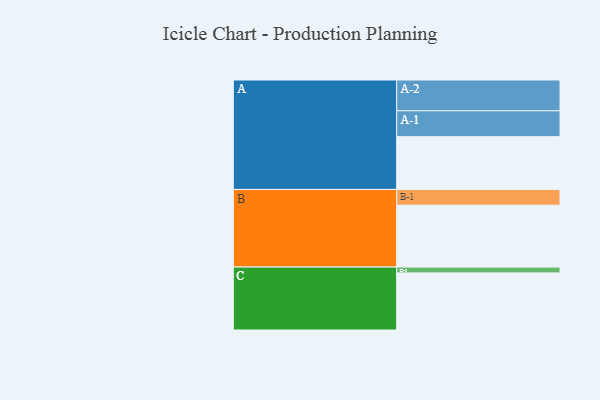
{"axis": {"x": "Segment", "y": "Value"}, "legend": ["", "A", "B", "C"], "data": [{"x": "A", "y": 483, "type": ""}, {"x": "B", "y": 567, "type": ""}, {"x": "C", "y": 523, "type": ""}, {"x": "A-1", "y": 237, "type": "A"}, {"x": "A-2", "y": 282, "type": "A"}, {"x": "B-1", "y": 144, "type": "B"}, {"x": "C-1", "y": 53, "type": "C"}]}